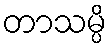
တာသမ္ပိ